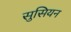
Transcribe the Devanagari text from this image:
सुसियन